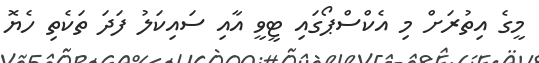
މީގެ އިތުރަށް މި އެކްސްޕޯގައި ޓީވީ އާއި ސައިކަލު ފަދަ ތަކެތި ހެޔޮ